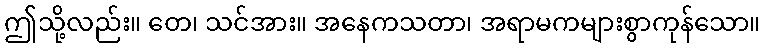
ဤသို့လည်း။ တေ၊ သင်အား။ အနေကသတာ၊ အရာမကများစွာကုန်သော။